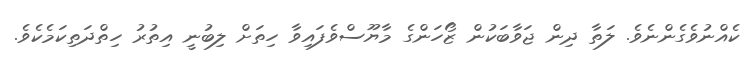
ކެއްނުވެގެންނެވެ. ލަތާ ދިން ޖަވާބަކުން ޒޯހަންގެ މާޔޫސްވެފައިވާ ހިތަށް ލިބުނީ އިތުރު ހިތްދަތިކަމެކެވެ.